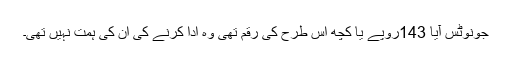
جونوٹس آیا 143روپے یا کچھ اس طرح کی رقم تھی وہ ادا کرنے کی ان کی ہمت نہیں تھی۔